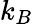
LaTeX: \displaystyle k_{B}